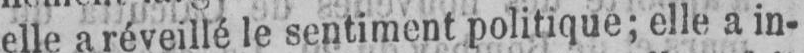
elle a réveillé le sentiment politique; elle a in-